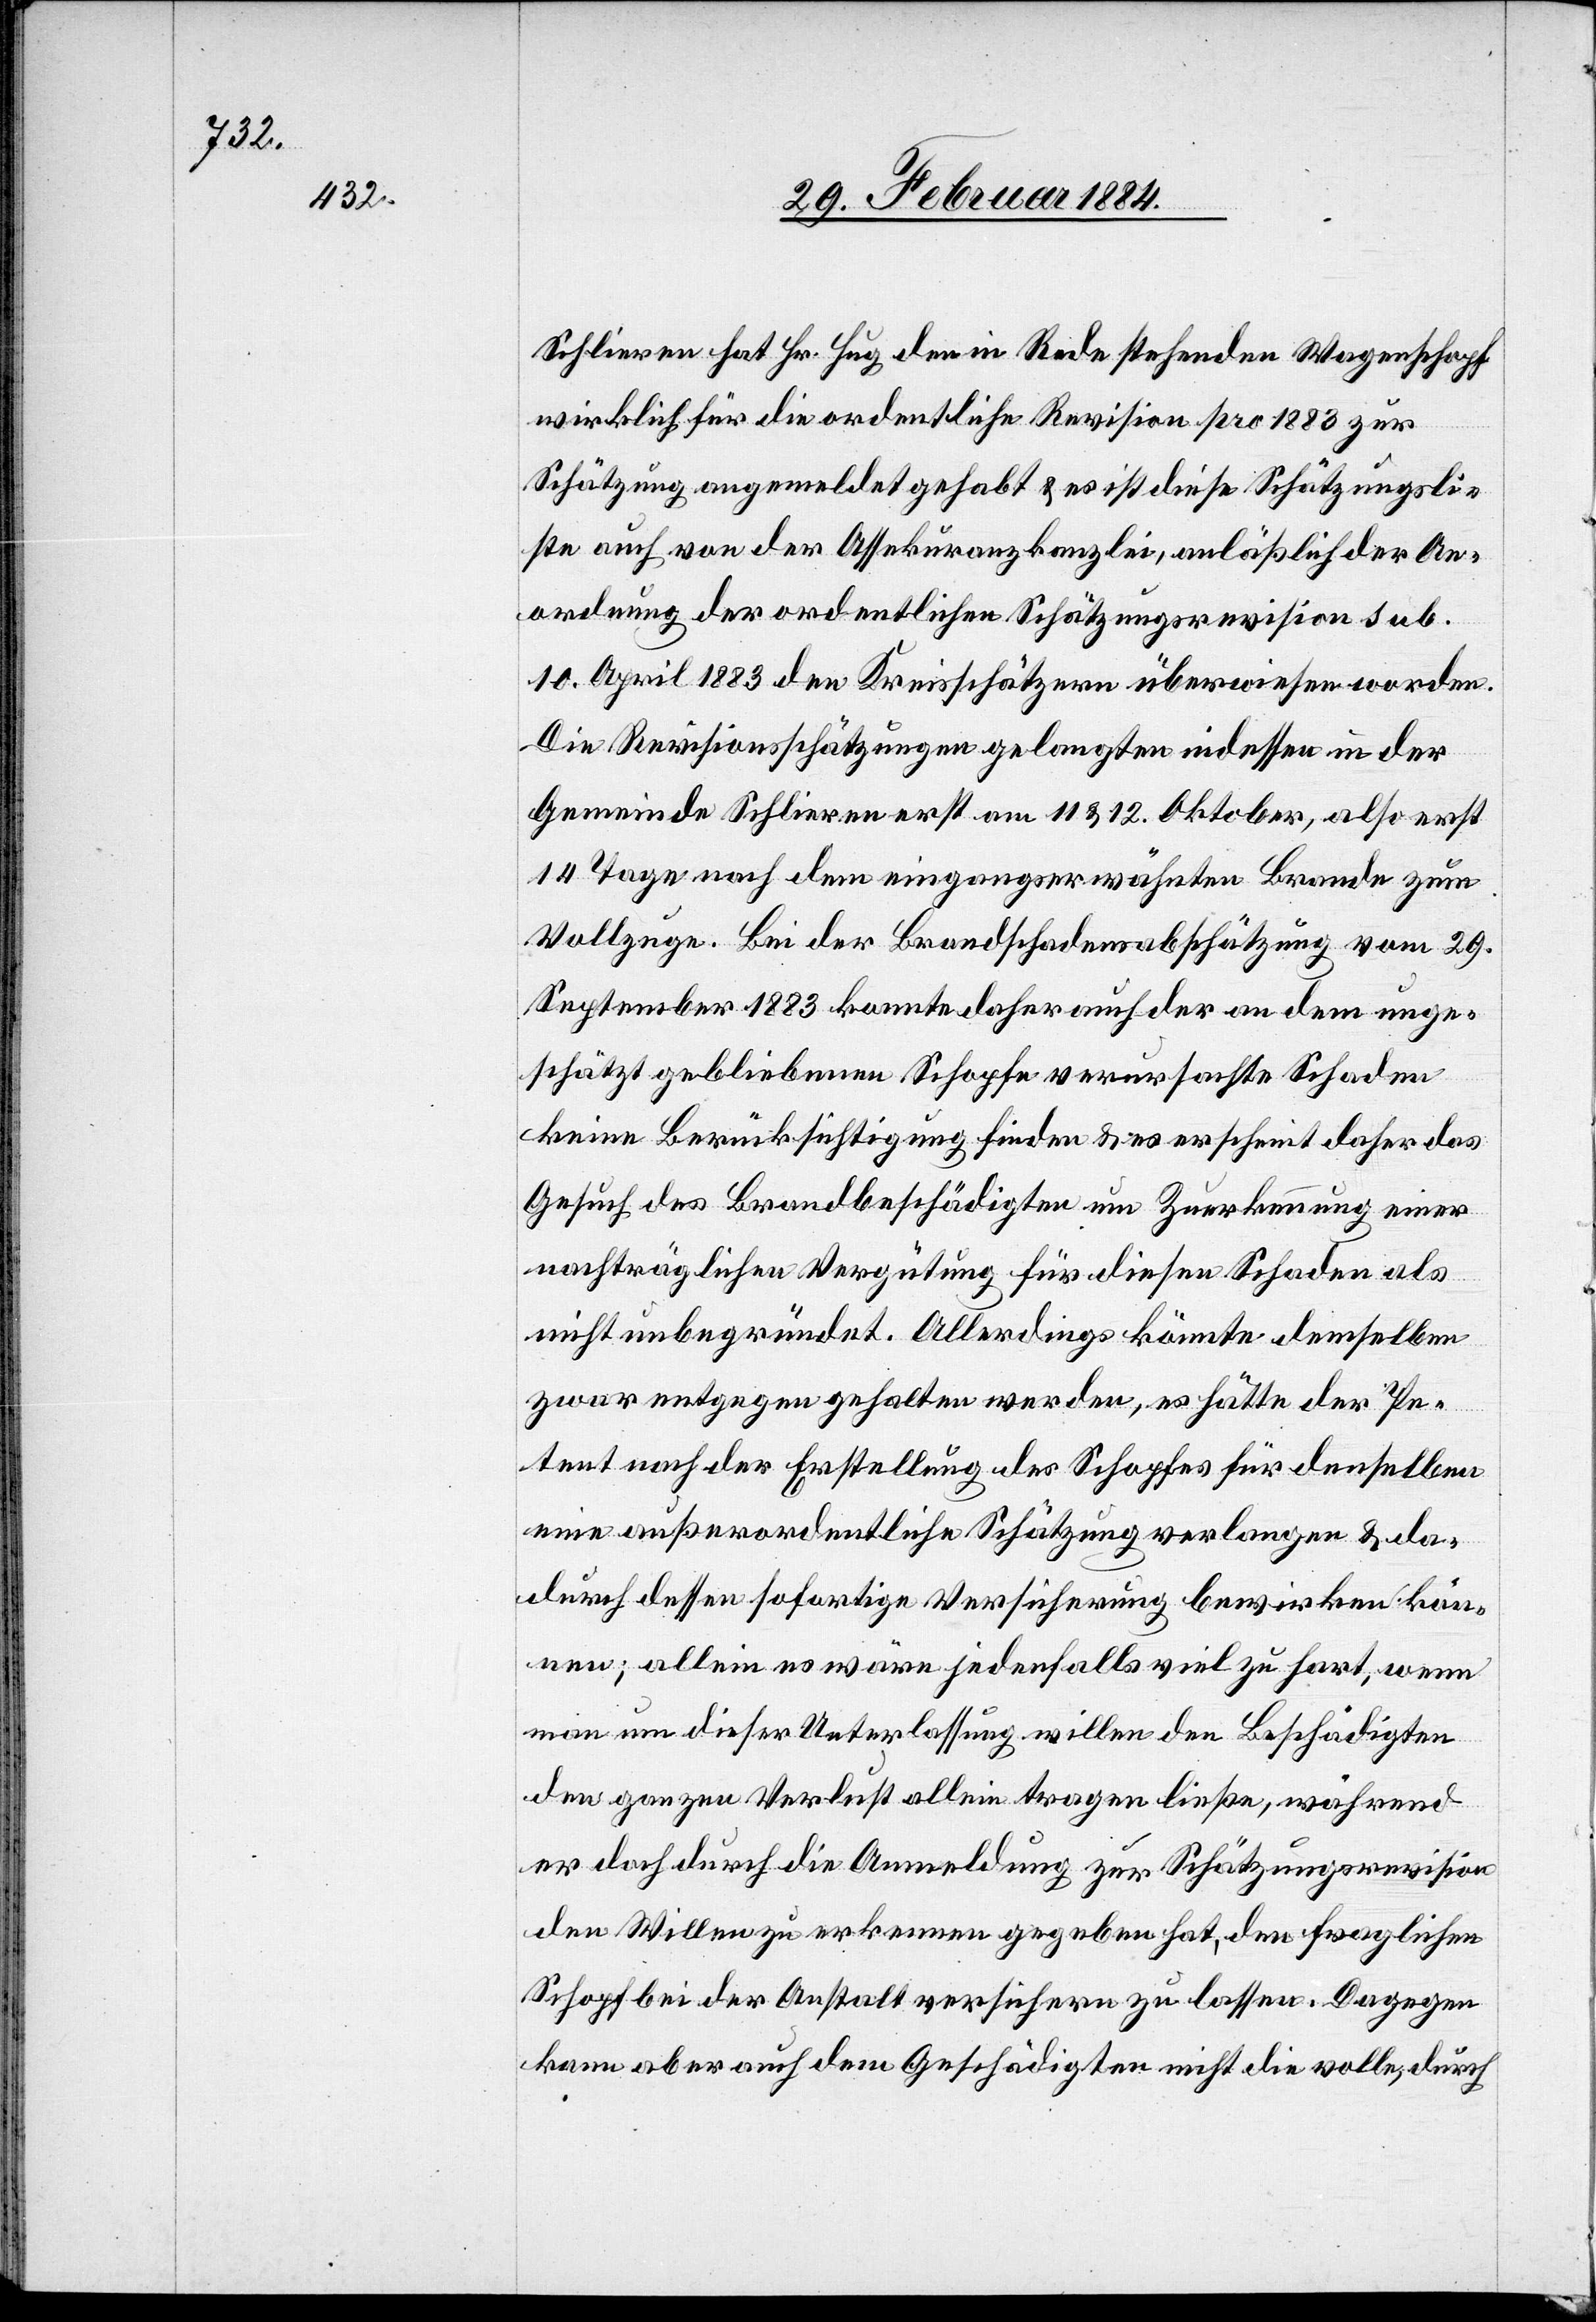
Schlieren hat Hr. Hug den in Rede stehenden Wagenschopf
wirklich für die ordentliche Revision pro 1883 zur
Schätzung angemeldet gehabt & es ist diese Schätzungsli¬
ste auch von der Assekuranzkanzlei, anläßlich der An¬
ordnung der ordentlichen Schätzungsrevision sub.
10. April 1883 den Kreisschätzern überwiesen worden.
Die Revisionsschätzungen gelangten in dessen in der
Gemeinde Schlieren erst am 11. & 12. Oktober, also erst
14 Tage nach den eingangserwähnten Brande zum
Vollzuge. Bei der Brandschadensabschätzung vom 29.
September 1883 konnte daher auch der an dem unge¬
schätzt gebliebenen Schopfe verursachte Schaden
keine Berücksichtigung finden & erscheint daher das
Gesuch des Brandbeschädigten um Zuerkennung einer
nachträglichen Vergütung für diesen Schaden als
nicht unbegründet. Allerdings könnte demselben
zwar entgegen gehalten werden, es hätte der Pe¬
tent nach der Erstellung des Schopfes für denselben
eine außerordentliche Schätzung verlangen & da¬
durch dessen sofortige Versicherung bewirken kön¬
nen; allein es wäre jedenfalls viel zu hart, wenn
man um dieser Unterlassung willen den Beschädigten
den ganzen Verlust allein tragen ließe, während
er doch durch die Anmeldung zur Schätzungsrevision
den Willen zu erkennen gegeben hat, den fraglichen
Schopf bei der Anstalt versichern zu lassen. Dagegen
kann aber auch dem Geschädigten nicht die volle, durch